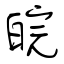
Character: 皖